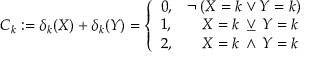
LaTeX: C _ { k } : = \delta _ { k } ( X ) + \delta _ { k } ( Y ) = { \left\{ \begin{array} { l l } { 0 , } & { \neg \, ( X = k \vee Y = k ) } \\ { 1 , } & { \quad X = k \, \veebar \, Y = k } \\ { 2 , } & { \quad X = k \, \wedge \, Y = k } \end{array} \right. }